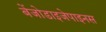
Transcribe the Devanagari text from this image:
बेंजोडाइजेपाइनस